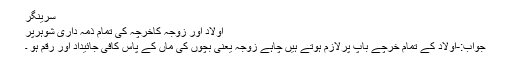
سرینگر
اولاد اور زوجہ کاخرچہ کی تمام ذمہ داری شوہرپر
جواب:-اولاد کے تمام خرچے باپ پرلازم ہوتے ہیں چاہے زوجہ یعنی بچوں کی ماں کے پاس کافی جائیداد اور رقم ہو ۔